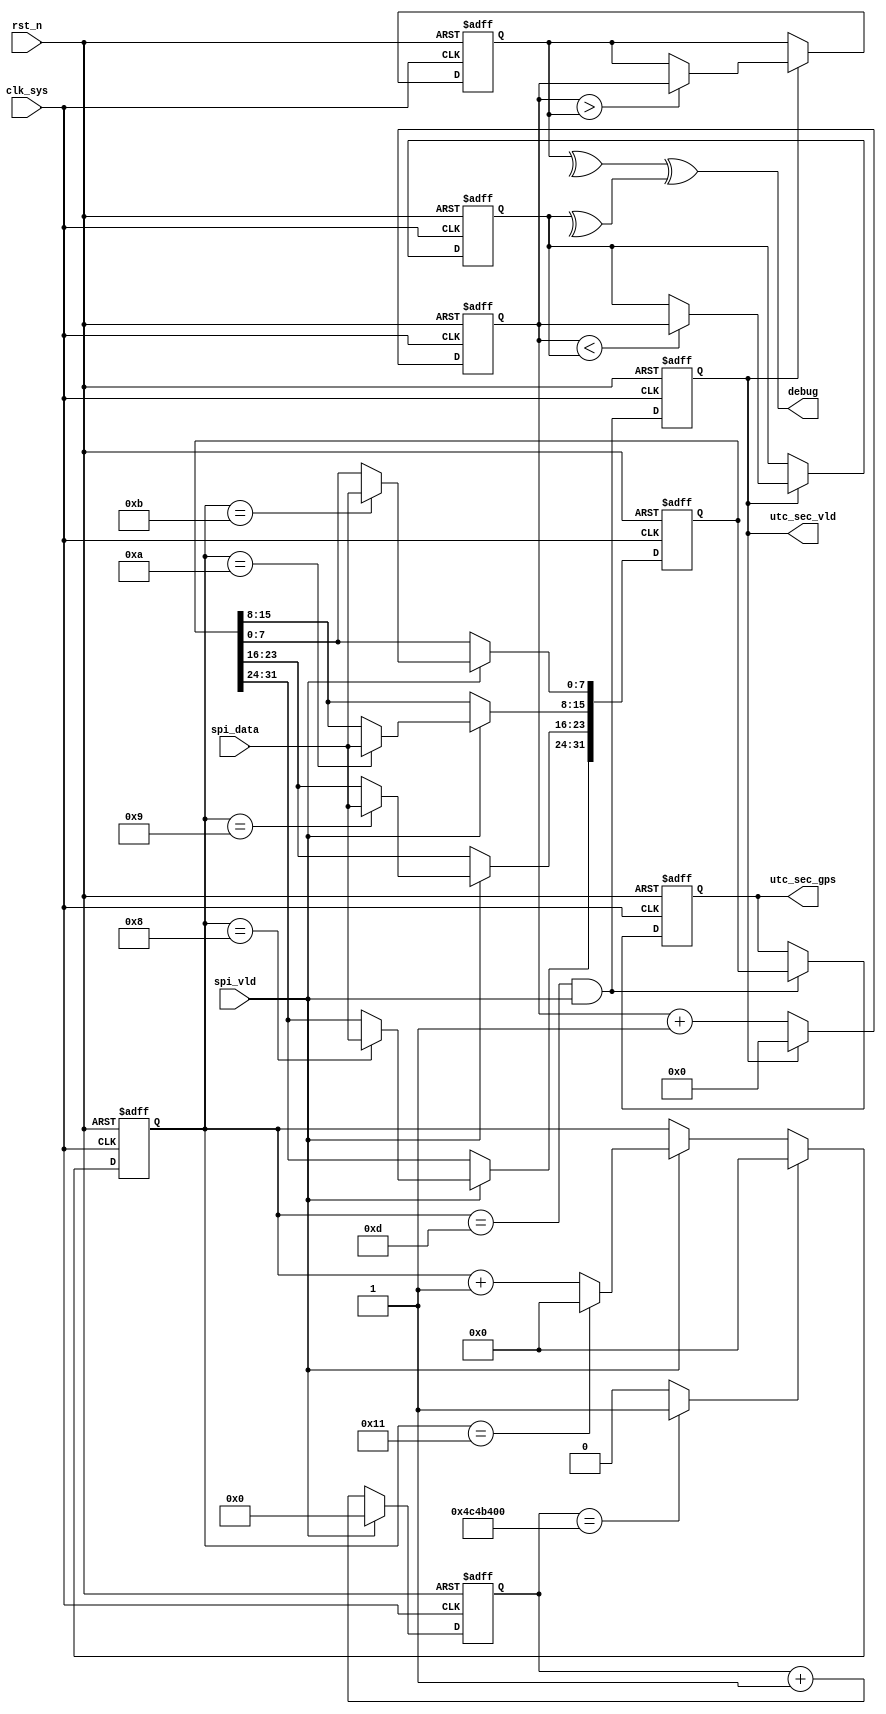
//mcuspi_mac.v
//decode mcuspu info

module mcuspi_mac(
utc_sec_gps,
utc_sec_vld,
spi_data,
spi_vld,
//clk rst
debug,
clk_sys,
rst_n
);
output [31:0]	utc_sec_gps;
output				utc_sec_vld;
input [7:0]	spi_data;
input				spi_vld;
//clk rst
output debug;
input	clk_sys;
input	rst_n;
//-------------------------------------------
//-------------------------------------------


//---------- cnt_vld -----------
reg [4:0]	cnt_vld;
wire wd_spi/*synthesis keep*/;
always @(posedge clk_sys or negedge rst_n)	begin
	if(~rst_n)
		cnt_vld <= 5'h0;
	else if(wd_spi)
		cnt_vld <= 5'h0;
	else if(spi_vld)	
		cnt_vld <= (cnt_vld == 5'd17)? 5'h0 : (cnt_vld + 5'h1);
	else ;
end

reg [27:0] cnt_wd_spi;
always @(posedge clk_sys or negedge rst_n)	begin
	if(~rst_n)
		cnt_wd_spi <= 28'h0;
	else if(spi_vld)
		cnt_wd_spi <= 28'h0;
	else 
		cnt_wd_spi <= cnt_wd_spi + 28'h1;
end
assign wd_spi = (cnt_wd_spi == 28'd800_000_00) ? 1'b1 : 1'b0;


//----------- data recode ----------
reg [31:0] utc_buf;
always @ (posedge clk_sys or negedge rst_n)	begin
	if(~rst_n)
		utc_buf <= 32'h0;
	else if(spi_vld)begin
		case(cnt_vld)
			5'h8 : utc_buf[31:24] <= spi_data;
			5'h9 : utc_buf[23:16] <= spi_data;
			5'ha : utc_buf[15:8] <= spi_data;
			5'hb : utc_buf[7:0] <= spi_data;
			default : ;
		endcase
	end
	else ;
end


//--------- output ----------
reg [31:0]	utc_sec_gps;
always @ (posedge clk_sys or negedge rst_n)	begin
	if(~rst_n)
		utc_sec_gps <= 32'h0;
	else if((cnt_vld == 5'd13) & spi_vld)
		utc_sec_gps <= utc_buf;
	else ;
end

reg utc_sec_vld;
always @ (posedge clk_sys or negedge rst_n)	begin
	if(~rst_n)
		utc_sec_vld <= 1'b0;
	else 
		utc_sec_vld <= (cnt_vld == 5'd13) & spi_vld;
end



//----------- debug ----------
reg [31:0] cnt_cycle;
always @ (posedge clk_sys or negedge rst_n)	begin
	if(~rst_n)
		cnt_cycle <= 32'h0;
	else if(utc_sec_vld)
		cnt_cycle <= 32'h0;
	else 
		cnt_cycle <= cnt_cycle + 32'h1;
end
reg [31:0] max_uv;
always @ (posedge clk_sys or negedge rst_n)	begin
	if(~rst_n)
		max_uv <= 32'h0;
	else if(utc_sec_vld)
		max_uv <= (cnt_cycle > max_uv) ? cnt_cycle : max_uv;
	else ;
end
reg [31:0] min_uv;
always @ (posedge clk_sys or negedge rst_n)	begin
	if(~rst_n)
		min_uv <= 32'hffff_ffff;
	else if(utc_sec_vld)
		min_uv <= (cnt_cycle < min_uv)?cnt_cycle : min_uv;
	else ;
end


wire debug = ^max_uv ^ ^min_uv;

endmodule